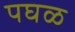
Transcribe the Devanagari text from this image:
पघळ